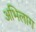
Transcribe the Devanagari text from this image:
अभिलाग